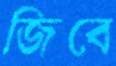
জিবে